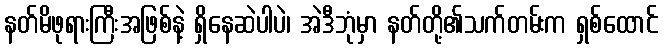
နတ်မိဖုရားကြီးအဖြစ်နဲ့ ရှိနေဆဲပါပဲ၊ အဲဒီဘုံမှာ နတ်တို့၏သက်တမ်းက ရှစ်ထောင်